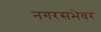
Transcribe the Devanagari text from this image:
नगरसभेवर